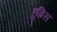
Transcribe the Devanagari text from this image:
हुब्रिस